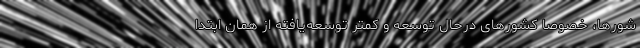
شورها، خصوصا کشورهای درحال توسعه و کمتر توسعه‌یافته از همان ابتدا